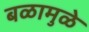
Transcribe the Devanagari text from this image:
बळामुळे